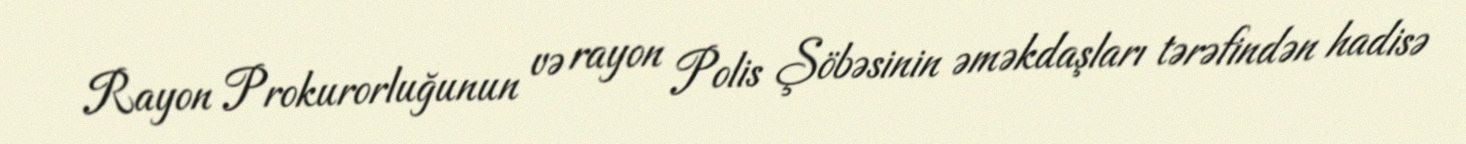
Rayon Prokurorluğunun və rayon Polis Şöbəsinin əməkdaşları tərəfindən hadisə